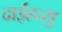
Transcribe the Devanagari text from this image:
दाईहत्सु